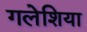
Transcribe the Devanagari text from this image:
गलेशिया